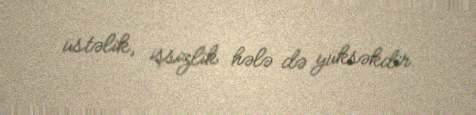
üstəlik, işsizlik hələ də yüksəkdir.